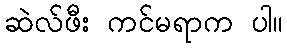
ဆဲလ်ဖီး ကင်မရာက ပါ။